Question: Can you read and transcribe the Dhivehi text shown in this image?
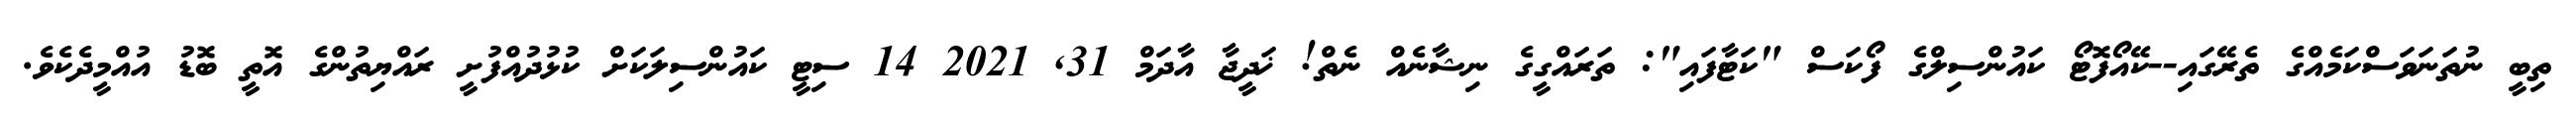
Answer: ތިބީ ނުތަނަވަސްކަމެއްގެ ތެރޭގައި--ކޭއޯފޮޓޯ ކައުންސިލްގެ ފޯކަސް "ކަޓާފައި": ތަރައްގީގެ ނިޝާނެއް ނެތް! ޚަދީޖާ އާދަމް 31, 2021 14 ސިޓީ ކައުންސިލަކަށް ކުޅުދުއްފުށީ ރައްޔިތުންގެ އޮތީ ބޮޑު އުއްމީދެކެވެ.